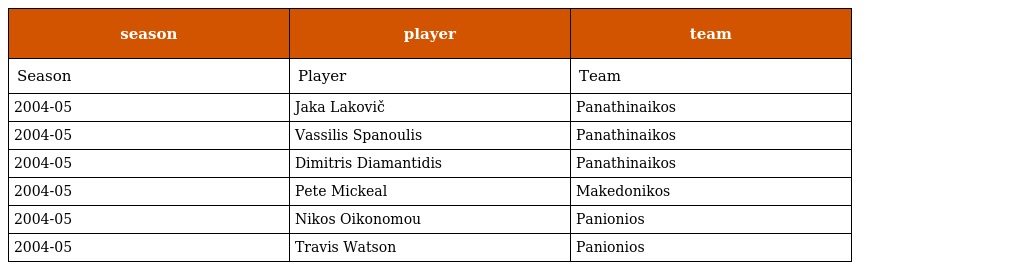
| season | player | team |
 | --- | --- | --- |
 | Season | Player | Team |
 | 2004-05 | Jaka Lakovič | Panathinaikos |
 | 2004-05 | Vassilis Spanoulis | Panathinaikos |
 | 2004-05 | Dimitris Diamantidis | Panathinaikos |
 | 2004-05 | Pete Mickeal | Makedonikos |
 | 2004-05 | Nikos Oikonomou | Panionios |
 | 2004-05 | Travis Watson | Panionios |